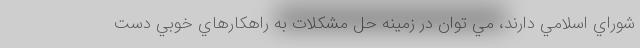
شوراي اسلامي دارند، مي توان در زمينه حل مشكلات به راهكارهاي خوبي دست